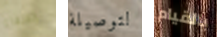
الحلفاء لتوصيلة بالقيام